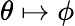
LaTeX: \theta\mapsto\phi